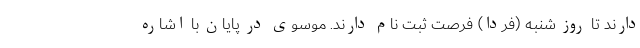
دارند تا روز شنبه (فردا) فرصت ثبت نام دارند. موسوی در پایان با اشاره